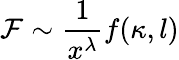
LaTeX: {\cal F}\sim\frac{1}{x^{\lambda}}f(\kappa,l)